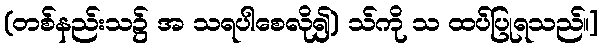
(တစ်နည်းသ၌ အ သရပါစေလို၍) သ်ကို သ ထပ်ပြုရသည်။]